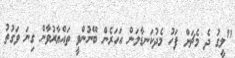
"ލީގު ދެ މެޗަށް ފަހު މެދުކަނޑާލަން އަހަރެން ބޭނުންވީ ތައްޔާރުވާން ގިނަ ވަގުތު